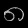
Digit: ၈